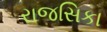
રાજસિકા